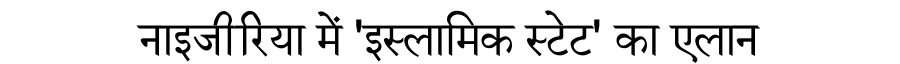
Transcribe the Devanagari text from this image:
नाइजीरिया में 'इस्लामिक स्टेट' का एलान